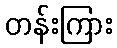
တန်းကြား